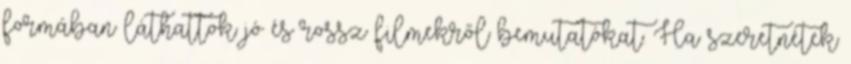
formában láthattok jó és rossz filmekről bemutatókat. Ha szeretnétek